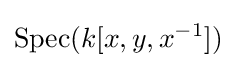
\operatorname {Spec} (k[x,y,x^{-1}])